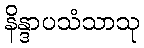
နိန္ဒာပသံသာသု